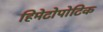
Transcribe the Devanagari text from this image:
हिमेटोपोटिक